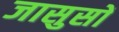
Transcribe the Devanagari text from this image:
जासुसों